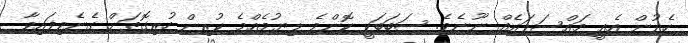
ހެދުން އެއީ މައްސަލައެއް ނޫނެވެ. ސަބަބަކީ ކޮންމެ ލިޔުމެއްމެ ކުރިން ހުރިގޮތަށް ގެނެވިފައިވާ